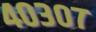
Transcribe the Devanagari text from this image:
४०३०७